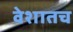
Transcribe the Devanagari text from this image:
वेशातच